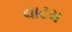
વાટમ